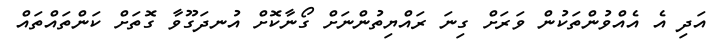
އަދި އެ އެއްވުންތަކުން ވަރަށް ގިނަ ރައްޔިތުންނަށް ގޯނާކޮށް އުނދަގޫވާ ގޮތަށް ކަންތައްތައް